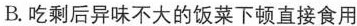
B.吃剩后异味不大的饭菜下顿直接食用